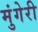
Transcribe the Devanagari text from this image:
मुंगेरी